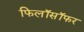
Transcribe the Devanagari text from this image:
फिलॉसॉफर